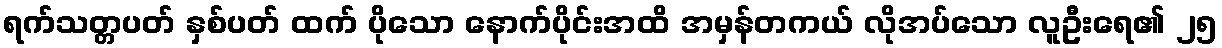
ရက်သတ္တပတ် နှစ်ပတ် ထက် ပိုသော နောက်ပိုင်းအထိ အမှန်တကယ် လိုအပ်သော လူဦးရေ၏ ၂၅